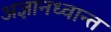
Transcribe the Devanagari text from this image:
अज्ञानध्वान्त